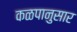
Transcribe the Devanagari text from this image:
कळपानुसार